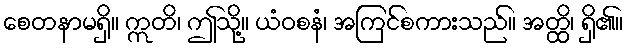
စေတနာမရှိ။ ဣတိ၊ ဤသို့။ ယံဝစနံ၊ အကြင်စကားသည်။ အတ္ထိ၊ ရှိ၏။